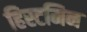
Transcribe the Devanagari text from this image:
हिस्टमिन